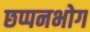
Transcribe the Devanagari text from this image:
छप्पनभोग